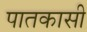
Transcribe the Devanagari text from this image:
पातकासी